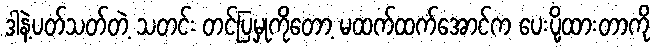
ဒါနဲ့ပတ်သတ်တဲ့ သတင်း တင်ပြမှုကိုတော့ မထက်ထက်အောင်က ပေးပို့ထားတာကို